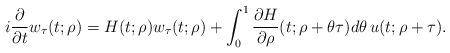
LaTeX: \begin{align*} i\frac{\partial}{\partial t}w_{\tau} (t;\rho) = H(t;\rho)w_{\tau} (t;\rho) + \int_0^1 \frac{\partial H}{\partial \rho}(t;\rho+\theta\tau)d\theta\, u(t;\rho+\tau). \end{align*}